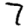
Digit: 7